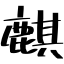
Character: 麒